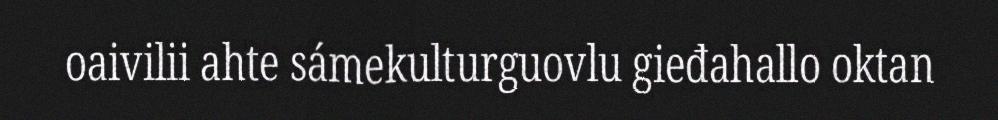
oaivilii ahte sámekulturguovlu gieđahallo oktan